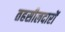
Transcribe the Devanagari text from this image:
तहसीलदारों